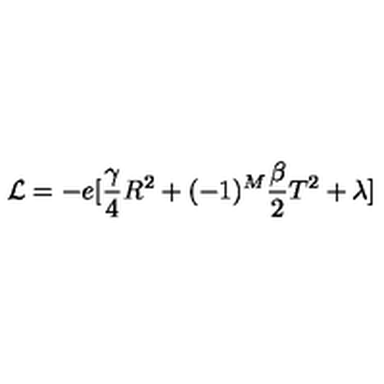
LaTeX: { \cal L } = - e [ \frac { \gamma } { 4 } R ^ { 2 } + ( - 1 ) ^ { M } \frac { \beta } { 2 } T ^ { 2 } + \lambda ]